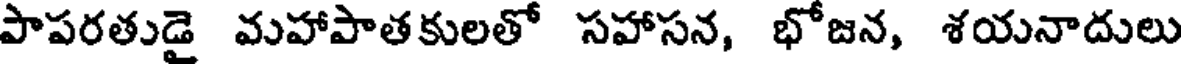
పాపరతుడై మహాపాతకులతో సహాసన, భోజన, శయనాదులు